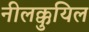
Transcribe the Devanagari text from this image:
नीलक्कुयिल